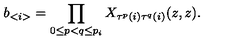
b _ { < i > } = \prod _ { 0 \leq p < q \leq p _ { i } } X _ { \tau ^ { p } ( i ) \tau ^ { q } ( i ) } ( z , z ) .